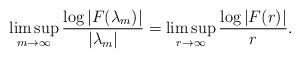
LaTeX: \begin{gather*}\limsup_{m \to\infty} \frac{\log|F(\lambda_m)|}{|\lambda_m|}= \limsup_{r \to\infty} \frac{\log|F(r)|}{r}. \end{gather*}